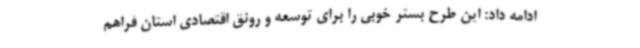
ادامه داد: این طرح بستر خوبی را برای توسعه و رونق اقتصادی استان‌ فراهم